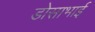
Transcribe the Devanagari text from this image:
डोसाभाई